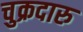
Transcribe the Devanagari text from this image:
चुक्रदारु